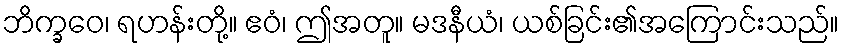
ဘိက္ခဝေ၊ ရဟန်းတို့။ ဧဝံ၊ ဤအတူ။ မဒနီယံ၊ ယစ်ခြင်း၏အကြောင်းသည်။